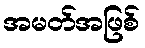
အမတ်အဖြစ်